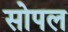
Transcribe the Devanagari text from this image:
सोपल